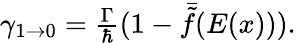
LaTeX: \begin{array}{r}{\gamma_{1\rightarrow 0}=\frac{\Gamma}{\hbar}(1-\bar{\tilde{f}}(E(x))).}\end{array}